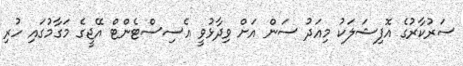
ސަރުކާރުގެ އޮފިޝަލަކު މިއަދު ސަން އަށް ވިދާޅުވީ އެސިސްޓެންޓް އޭޖީގެ މަގާމުގައި ހުރި